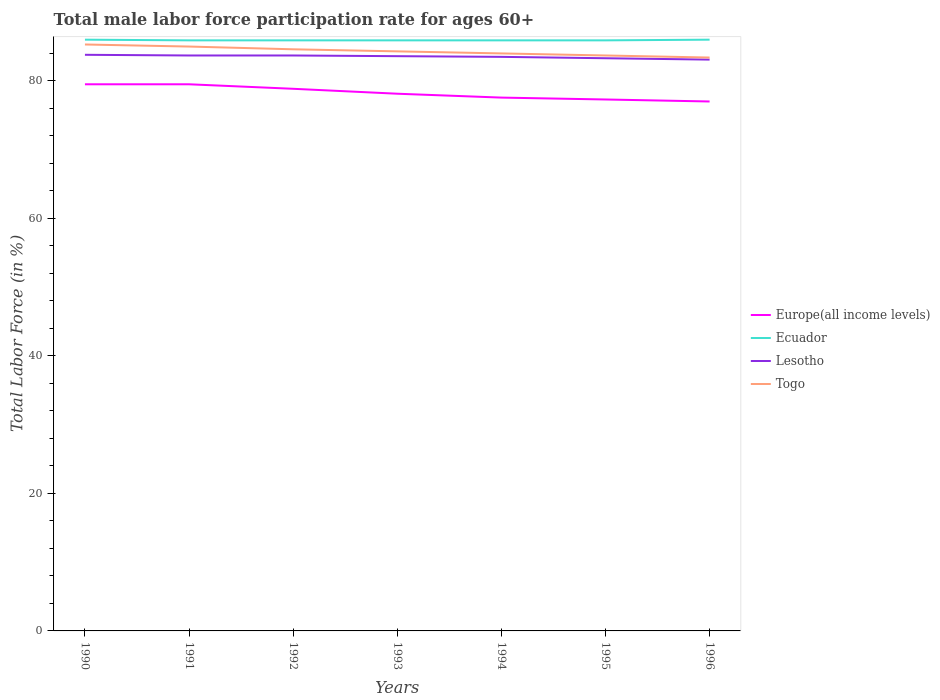
| Years | Europe(all income levels) | Ecuador | Lesotho | Togo |
 | --- | --- | --- | --- | --- |
 | 1990 | 79.5 | 86 | 83.8 | 85.3 |
 | 1991 | 79.5 | 85.9 | 83.7 | 85 |
 | 1992 | 78.9 | 85.9 | 83.7 | 84.6 |
 | 1993 | 78.1 | 85.9 | 83.6 | 84.3 |
 | 1994 | 77.6 | 85.9 | 83.5 | 84 |
 | 1995 | 77.3 | 85.9 | 83.3 | 83.7 |
 | 1996 | 77 | 86 | 83.1 | 83.4 |